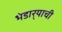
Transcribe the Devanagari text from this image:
भंडार्‍याची